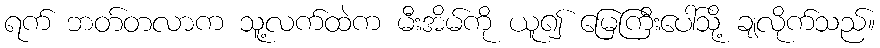
ရက် ဘတ်တလာက သူ့လက်ထဲက မီးအိမ်ကို ယူ၍ မြေကြီးပေါ်သို့ ချလိုက်သည်။